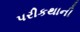
પરીકથાની